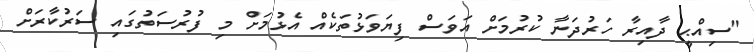
"ސިއްޙީ ދާއިރާ ހަރުދަނާ ކުރުމަށް އަވަސް ފިޔަވަޅުތަކެއް އެޅުމަށް މި ފުރުސަތުގައި ސަރުކާރަށް